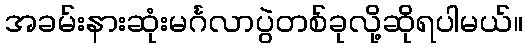
အခမ်းနားဆုံးမင်္ဂလာပွဲတစ်ခုလို့ဆိုရပါမယ်။